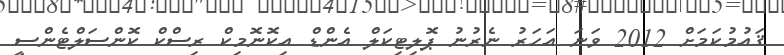
ޤައުމުކަމަށް 2012 ވަނަ އަހަރު ނެރުނު ޕޮލިޓިކަލް އެންޑް އިކޮނޮމިކް ރިސްކް ކޮންސަލްޓެންސީ